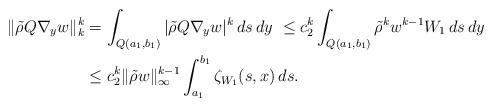
LaTeX: \begin{align*}\|\tilde\rho Q\nabla_y w\|_k^k & = \int_{Q(a_1,b_1)}|\tilde\rho Q\nabla_y w|^k\, ds\,dy \ \leq c_2^k\int_{Q(a_1,b_1)}\tilde\rho^k w^{k-1}W_1\, ds\, dy \\ & \leq c_2^k\|\tilde\rho w\|_\infty^{k-1}\int_{a_1}^{b_1}\zeta_{W_1}(s,x)\, ds.\end{align*}